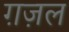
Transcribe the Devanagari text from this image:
ग़ज़्‍ाल